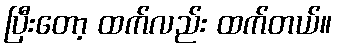
ပြီးတော့ ထက်လည်း ထက်တယ်။